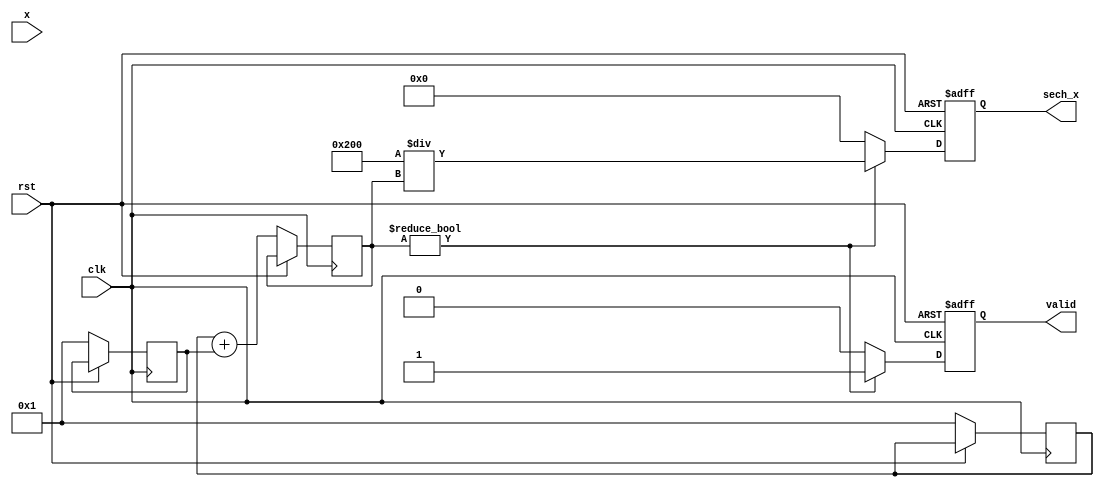
module hyperbolic_secant (
    input wire clk,
    input wire rst,
    input wire [15:0] x,              // Input value (fixed-point representation)
    output reg [15:0] sech_x,        // Output sech value (fixed-point representation)
    output reg valid                  // Output valid signal
);

    reg [15:0] exp_x;
    reg [15:0] exp_neg_x;
    reg [15:0] sum;
    reg ready;

    // Simple exponential approximation using a lookup table or Taylor series approximation
    function [15:0] exp_approx(input [15:0] value);
        // Note: This is a stub function for demonstration. Replace with your own implementation.
        // Implement the logic to calculate e^value.
        case(value)
            // Add cases for specific values of x for a lookup table
            default: exp_approx = 16'h0001; // e^0 = 1
        endcase
    endfunction

    always @(posedge clk or posedge rst) begin
        if (rst) begin
            sech_x <= 0;
            valid <= 0;
            ready <= 0;
        end else begin
            // State machine initialization or control logic could go here
            
            // Calculate e^x
            exp_x <= exp_approx(x);
            // Calculate e^(-x)
            exp_neg_x <= exp_approx(-x);
            // Calculate sum of e^x and e^(-x)
            sum <= exp_x + exp_neg_x;

            // Check for zero to avoid division by zero
            if (sum != 0) begin
                // Calculate sech(x) = 2 / (e^x + e^(-x))
                sech_x <= (16'h0002 << 8) / sum; // 2 << 8 to adjust for fixed-point
                valid <= 1;
            end else begin
                sech_x <= 16'h0000; // Indicating undefined
                valid <= 0;
            end
            
            // Release ready signal after calculation
            ready <= 1;
        end
    end

endmodule